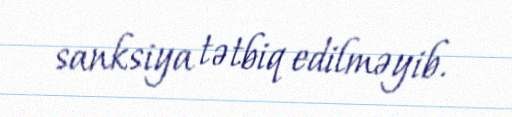
sanksiya tətbiq edilməyib.